Annual report of the Punjab Veterinary College and of the Civil Veterinary Department, Punjab - 1920-1925
Year: 1920
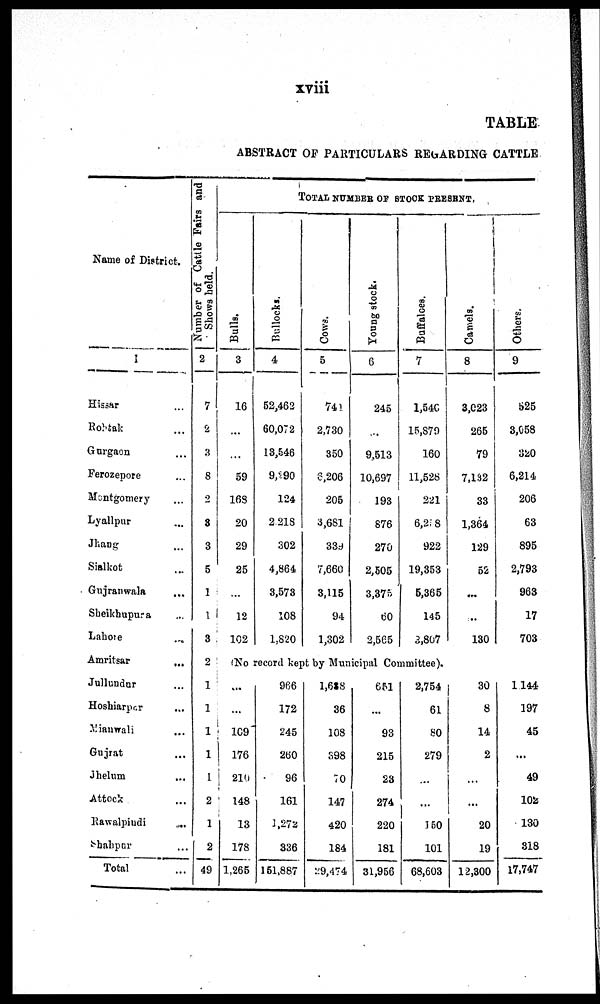
xviii
TABLE
ABSTRACT OF PARTICULARS REGARDING CATTLE
Name of District.
1
Hissar ...
Rohtak ...
Gurgaon ...
Ferozepore ...
Montgomery ...
Lyallpur ...
Jhang ...
Sialkot ...
Gujranwala ...
Sheikhupura ...
Lahore ...
Amritsar
...
Jullundur ...
Hoshiarpur
...
Mianwali ...
Gujrat ...
Jhelum ...
Attock ...
Rawalpiudi ...
Shahpur ...
Total ...
Number of Cattle Fairs and
Shows held.
2
7
2
3
8
2
3
3
5
1
1
3
2
1
1
1
1
1
2
1
2
49
TOTAL NUMBER OF STOCK PRESENT.
Bulls.
3
16
...
...
59
168
20
29
25
...
12
102
Bullocks.
4
52,462
60,072
13,546
9,290
124
2 218
302
4,864
3,578
108
1,820
Cows.
5
741
2,730
350
6,206
205
3,681
339
7,660
3,115
94
1,302
Young stock.
6
245
...
9,513
10,697
193
876
270
2,505
3,375
60
2,565
Buffaloes.
7
1,540
15,879
160
11,528
221
6,2 8
922
19,353
5,365
145
3,807
(No record kept by Municipal Committee).
...
...
109
176
210
148
13
178
1,265
966
172
245
260
96
161
1,272
336
151,887
1,688
36
108
398
70
147
420
184
29,474
651
...
93
215
23
274
220
181
31,956
2,754
61
80
279
...
...
150
101
68,603
Camels.
8
3,023
265
79
7,132
33
1,364
129
52
...
...
130
30
8
14
2
...
...
20
19
12,300
Others.
9
525
3,058
320
6,214
206
63
895
2,793
963
17
703
1144
197
45
...
49
102
130
318
17,747